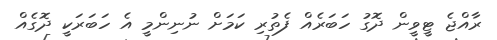
ރާއްޖެ ޓީވީން ދޮގު ހަބަރެއް ފެތުރި ކަމަށް ނުނިންމީ އެ ހަބަރަކީ ދޮގެއް